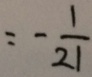
= - \frac { 1 } { 2 1 }